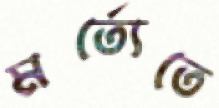
মর্ত্যেতে